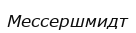
Мессершмидт